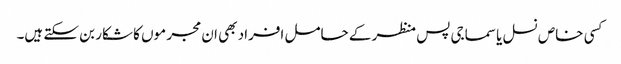
کسی خاص نسل یا سماجی پس منظر کے حامل افراد بھی ان مجر موں کا شکار بن سکتے ہیں۔